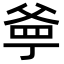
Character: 㸘